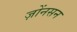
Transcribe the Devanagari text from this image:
ज़ोंनसन